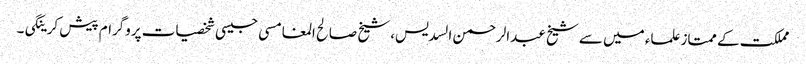
مملکت کے ممتاز علماء میں سے شیخ عبدالرحمن السدیس، شیخ صالح المغامسی جیسی شخصیات پروگرام پیش کرینگی۔